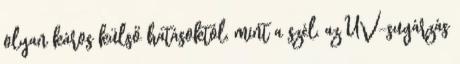
olyan káros külső hatásoktól, mint a szél, az UV-sugárzás